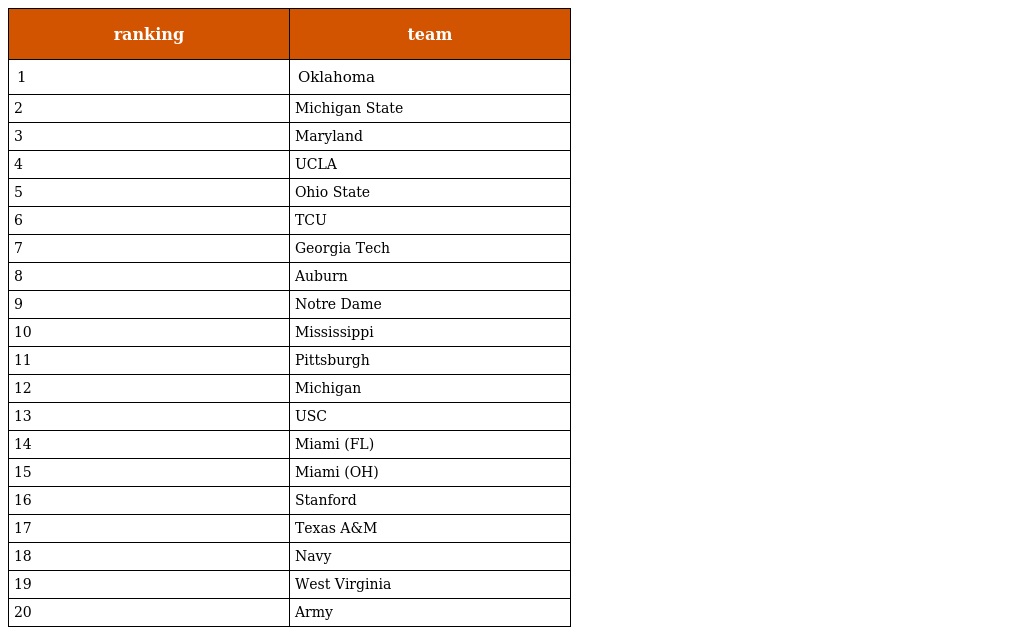
| ranking | team |
 | --- | --- |
 | 1 | Oklahoma |
 | 2 | Michigan State |
 | 3 | Maryland |
 | 4 | UCLA |
 | 5 | Ohio State |
 | 6 | TCU |
 | 7 | Georgia Tech |
 | 8 | Auburn |
 | 9 | Notre Dame |
 | 10 | Mississippi |
 | 11 | Pittsburgh |
 | 12 | Michigan |
 | 13 | USC |
 | 14 | Miami (FL) |
 | 15 | Miami (OH) |
 | 16 | Stanford |
 | 17 | Texas A&M |
 | 18 | Navy |
 | 19 | West Virginia |
 | 20 | Army |